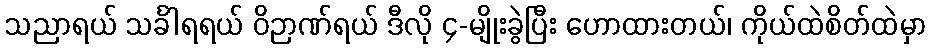
သညာရယ် သင်္ခါရရယ် ဝိဉာဏ်ရယ် ဒီလို ၄-မျိုးခွဲပြီး ဟောထားတယ်၊ ကိုယ်ထဲစိတ်ထဲမှာ